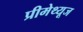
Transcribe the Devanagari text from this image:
प्रीमेथ्यूज